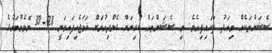
ސެޝަންތަކެއް މިއަދު ފަށައިފިއެވެ. މި ސެޝަންތައް ކުރިޔަށް ގެންދިއުމަށް ހަމަޖެހިފައިވަނީ 28-30 ނޮވެމްބަރުގެ